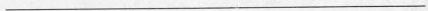
___